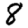
Digit: 8